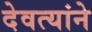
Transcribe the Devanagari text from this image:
देवत्यांने